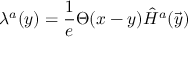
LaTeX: \lambda ^ { a } ( y ) = { \frac { 1 } { e } } \Theta ( x - y ) \hat { H } ^ { a } ( \vec { y } )